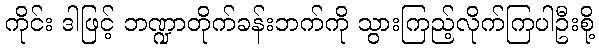
ကိုင်း ဒါဖြင့် ဘဏ္ဍာတိုက်ခန်းဘက်ကို သွားကြည့်လိုက်ကြပါဦးစို့